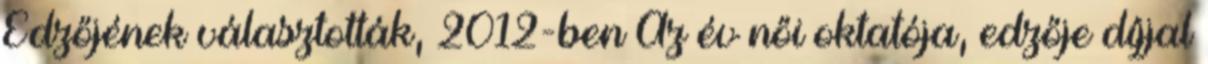
Edzőjének választották, 2012-ben Az év női oktatója, edzője díjjal